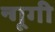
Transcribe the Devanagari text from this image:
न्गूगी